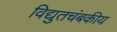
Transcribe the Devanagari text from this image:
विद्युतचंबकीय